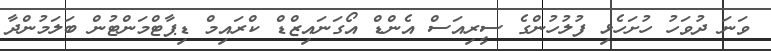
ވަނަ ދުވަހު ހުށަހެޅި ފުލުހުންގެ ސީރިއަސް އެންޑް އޯގަނައިޒްޑް ކްރައިމް ޑިޕާޓްމަންޓުން ބަލަމުންދާ